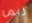
ربما